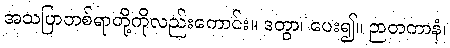
အသပြာတစ်ရာတို့ကိုလည်းကောင်း။ ဒတွာ၊ ပေး၍။ ဉာတကာနံ၊